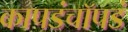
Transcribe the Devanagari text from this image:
कापडंचॉपडं